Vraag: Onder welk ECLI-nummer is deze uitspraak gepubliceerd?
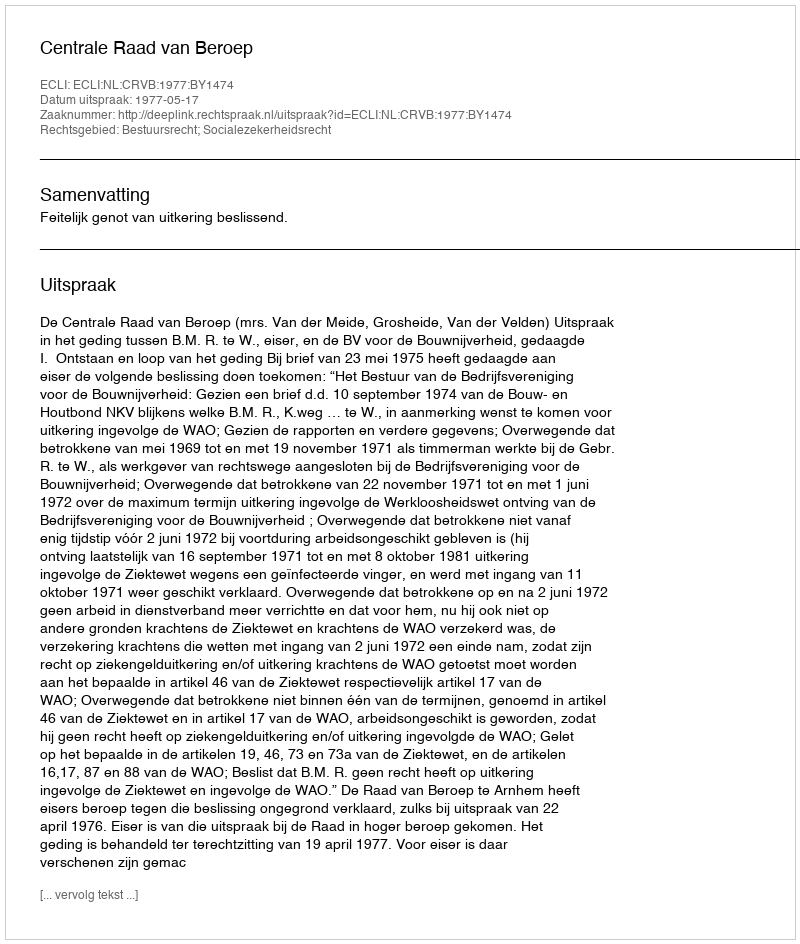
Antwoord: ECLI:NL:CRVB:1977:BY1474